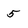
Character: 5